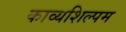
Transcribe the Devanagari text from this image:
काव्यशिल्पम